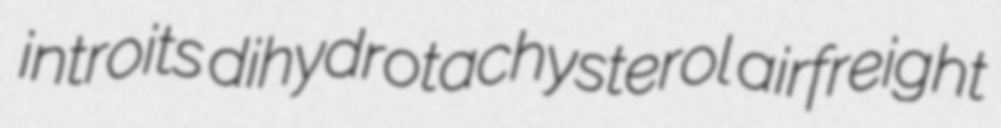
introits dihydrotachysterol airfreight